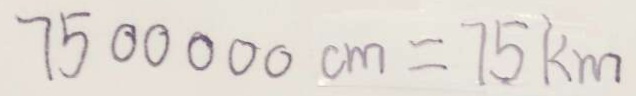
7 5 0 0 0 0 0 c m = 7 5 k m